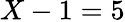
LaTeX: X-1=5